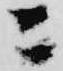
ニ